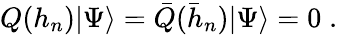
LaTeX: Q(h_{n})|\Psi\rangle=\bar{Q}(\bar{h}_{n})|\Psi\rangle=0\; .